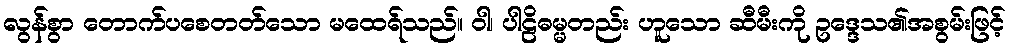
လွန်စွာ တောက်ပစေတတ်သော မထေရ်သည်။ ဝါ၊ ပါဠိဓမ္မတည်း ဟူသော ဆီမီးကို ဥဒ္ဒေသ၏အစွမ်းဖြင့်